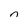
Character: n